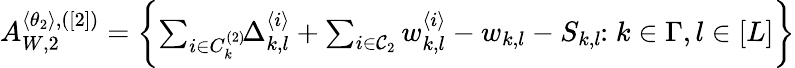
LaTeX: \begin{array}{r}{A_{W,2}^{\langle\theta_{2}\rangle,([2])}=\biggl\{ \sum_{i\in C_{k}^{(2)}}\! \! \Delta_{k,l}^{\langle i\rangle}+\sum_{i\in\mathcal{C}_{2}}w_{k,l}^{\langle i\rangle}-w_{k,l}-S_{k,l}\! \! :k\in\Gamma,l\in[L]\biggr\} }\end{array}